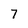
Character: 7